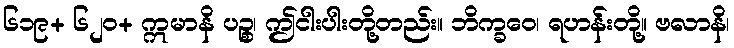
၆၁၉+ ၆၂၀+ ဣမာနိ ပဉ္စ၊ ဤငါးပါးတို့တည်း။ ဘိက္ခဝေ၊ ရဟန်းတို့။ ဗလာနိ၊